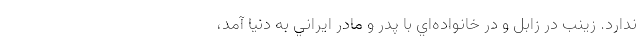
ندارد. زينب در زابل و در خانواده‌اي با پدر و مادر ايراني به دنيا آمد،